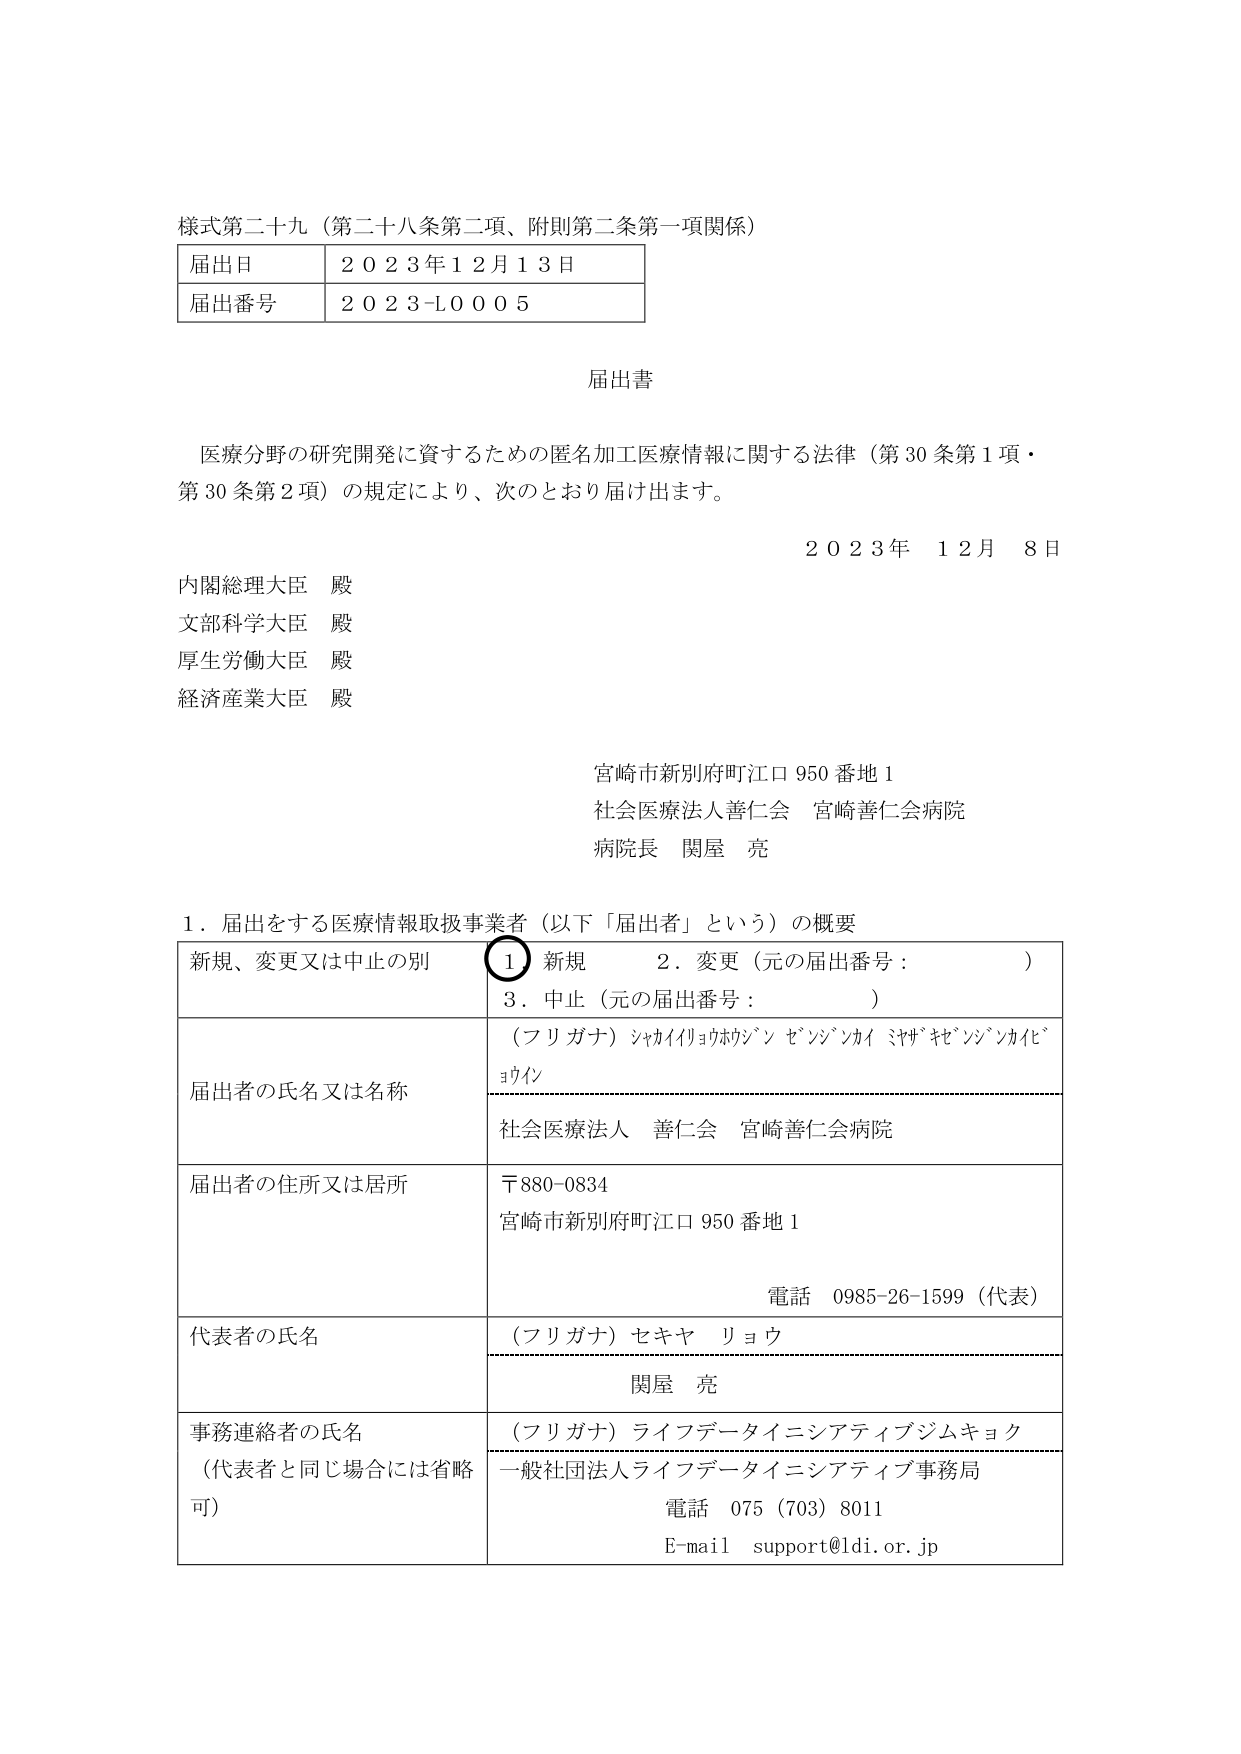
様式第二十九（第二十八条第二項、附則第二条第一項関係）

届出日　２０２３年１２月１３日
届出番号　２０２３-Ｌ０００５

届出書

医療分野の研究開発に資するための匿名加工医療情報に関する法律（第30条第1項・第30条第2項）の規定により、次のとおり届け出ます。

２０２３年　１２月　８日

内閣総理大臣　殿
文部科学大臣　殿
厚生労働大臣　殿
経済産業大臣　殿

宮崎市新別府町江口950番地1
社会医療法人善仁会　宮崎善仁会病院
病院長　関屋　亮

１．届出をする医療情報取扱事業者（以下「届出者」という）の概要

| 新規、変更又は中止の別 | ① 新規　　２．変更（元の届出番号：　　　　）　　３．中止（元の届出番号：　　　　） |
|--------------------------|--------------------------------------------------------------------------------------------|
| 届出者の氏名又は名称    | （フリガナ）シヤカイリョウホウジン センジンカイ ミヤザキセンジンカイビョウイン<br>社会医療法人　善仁会　宮崎善仁会病院 |
| 届出者の住所又は居所    | 〒880-0834<br>宮崎市新別府町江口950番地1<br>電話　0985-26-1599（代表） |
| 代表者の氏名            | （フリガナ）セキヤ　リョウ<br>関屋　亮 |
| 事務連絡者の氏名<br>（代表者と同じ場合には省略可） | （フリガナ）ライフデータイニシアティブジムキョク<br>一般社団法人ライフデータイニシアティブ事務局<br>電話　075（703）8011<br>E-mail　support@ldi.or.jp |